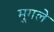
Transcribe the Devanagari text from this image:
मु्गले